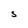
Character: S